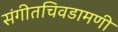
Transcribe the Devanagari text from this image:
संगीतचिवडामणी